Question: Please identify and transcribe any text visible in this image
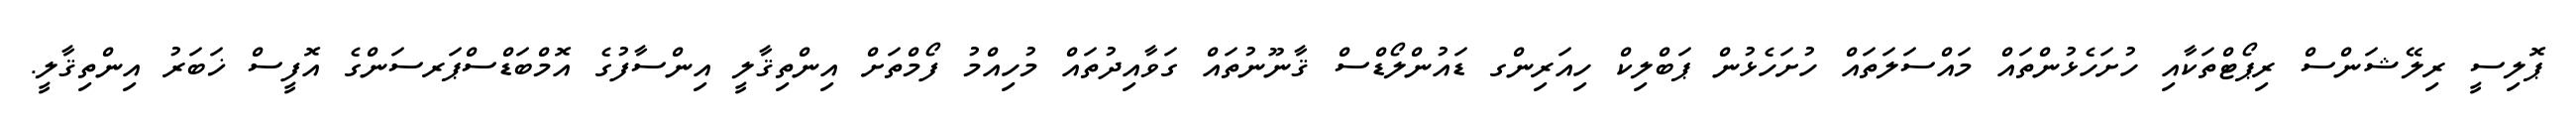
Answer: ޕޮލިސީ ރިލޭޝަންސް ރިޕޯޓްތަކާއި ހުށަހެޅުންތައް މައްސަލަތައް ހުށަހެޅުން ޕަބްލިކް ހިއަރިންގ ޑައުންލޯޑްސް ޤާނޫނުތައް ގަވާއިދުތައް މުހިއްމު ފޯމްތަށް އިންތިޤާލީ އިންސާފުގެ އޮމްބަޑްސްޕަރސަންގެ އޮފީސް ޚަބަރު އިންތިޤާލީ.